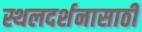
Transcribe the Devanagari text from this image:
स्थलदर्शनासाठी